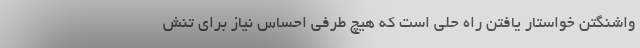
واشنگتن خواستار یافتن راه حلی است که هیچ طرفی احساس نیاز برای تنش